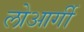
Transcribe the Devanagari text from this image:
लोआर्गी